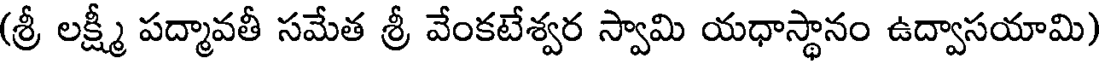
(శ్రీ లక్ష్మీ పద్మావతీ సమేత శ్రీ వేంకటేశ్వర స్వామి యధాస్థానం ఉద్వాసయామి)